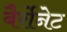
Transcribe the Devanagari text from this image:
बैर्रोनेट